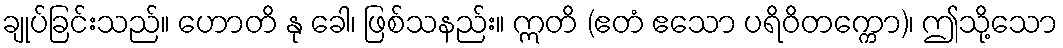
ချုပ်ခြင်းသည်။ ဟောတိ နု ခေါ၊ ဖြစ်သနည်း။ ဣတိ (ဧတံ ဧသော ပရိဝိတက္ကော)၊ ဤသို့သော